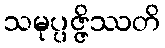
သမုပ္ပဇ္ဇိဿတိ